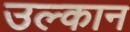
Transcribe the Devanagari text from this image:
उल्कान